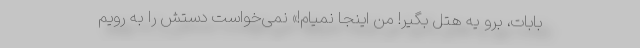
بابات، برو یه هتل بگیر! من اینجا نمیام!» نمی‌خواست دستش را به رویم